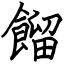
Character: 餾